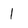
Character: 1